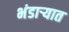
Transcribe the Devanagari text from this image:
भंडाऱ्यात